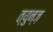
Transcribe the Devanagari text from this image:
त्युन्ज़